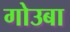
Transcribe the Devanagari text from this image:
गोउबा